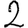
Digit: 2